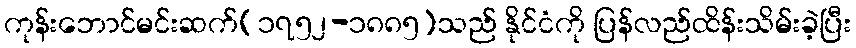
ကုန်းဘောင်မင်းဆက်(၁၇၅၂-၁၈၈၅)သည် နိုင်ငံကို ပြန်လည်ထိန်းသိမ်းခဲ့ပြီး